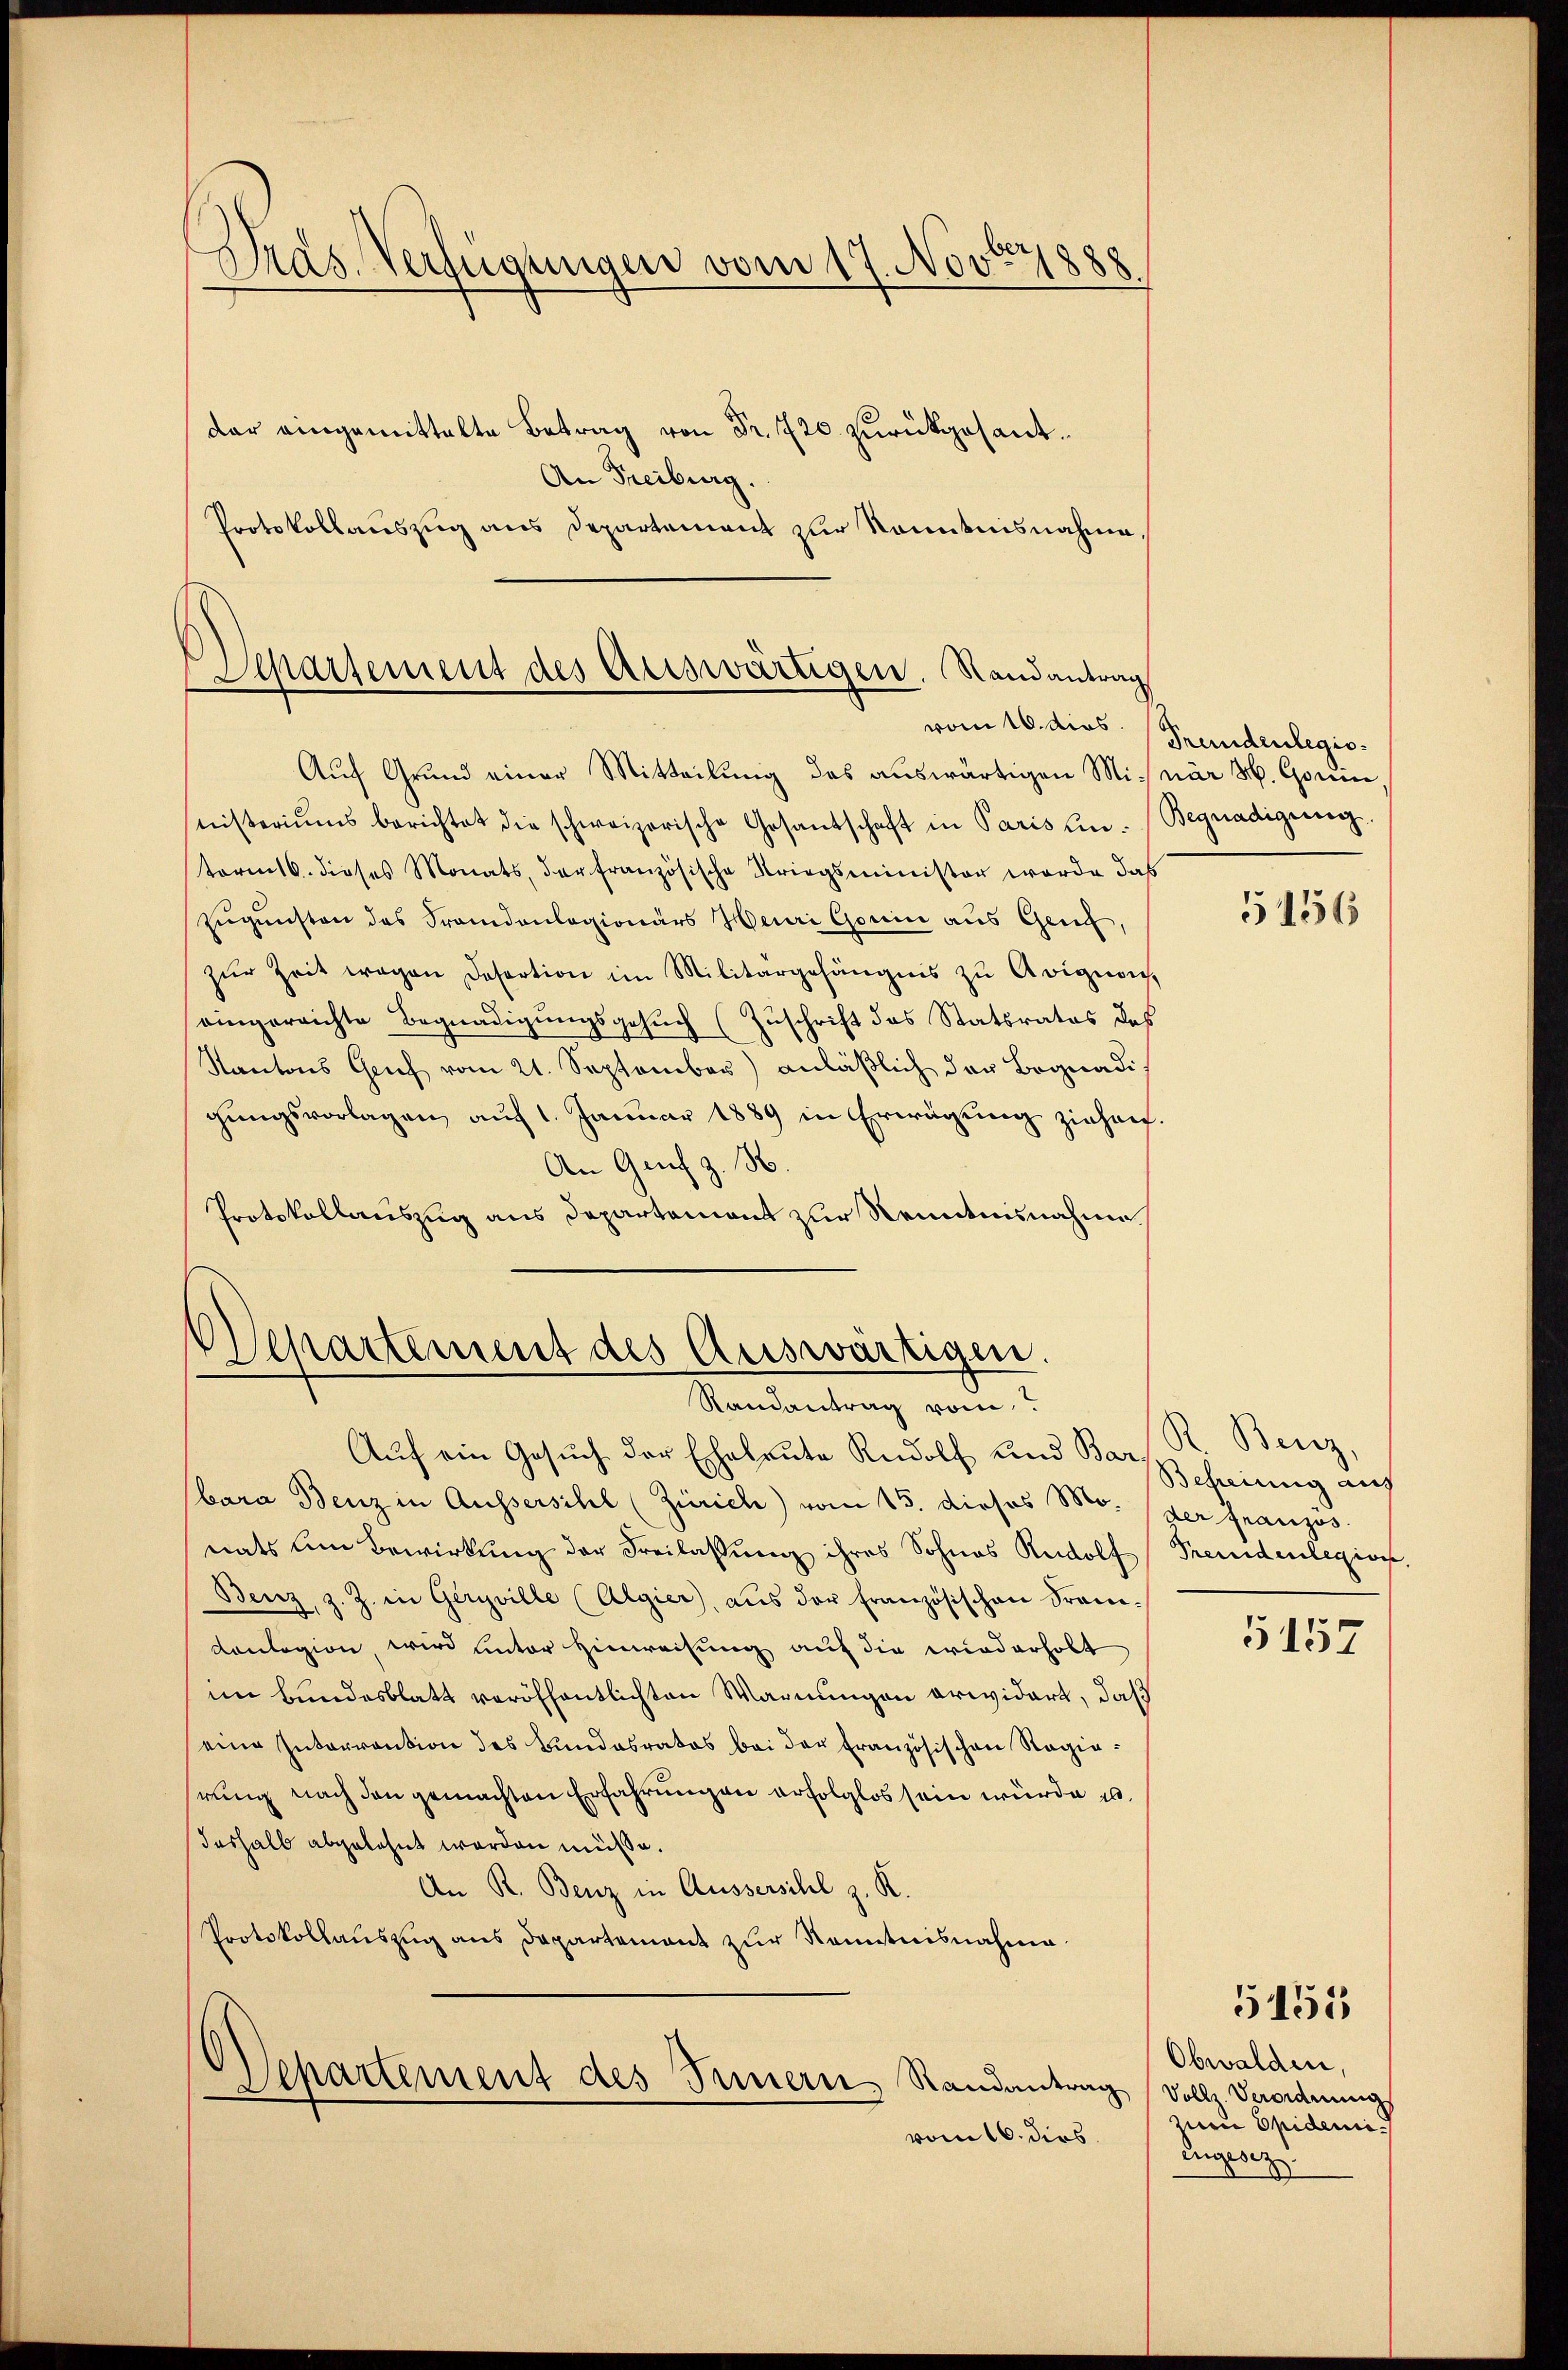
Dras-Verfügungen vom 17. Nov. 1888

dar eingemittelte Betrag von Fr. 720. zurückgesant¬
An Freiburg.
Protokollauszug aus Departement zur Kenntnisnahme,

Separtement des Auswärtigen. Randantrag
vom 16. dies.

Aŭf Grund einer Mitteilung des auswärtigen Minär H. Gonin
nisteriums berichtet die schweizerische Gesandschaft in Paris hin- Begnadigung.
term 16. dieses Monats, der französische Kriegsminister werde das
Zugunsten des Frandanlagionärs Henri Gonin aus Genf,
zŭr Zeit wegen Desertion im Militärgehängnis zŭ Avigions
eingerrichte Begnadigungsgesuch (Zuschrift das Statsrates des
Kantons Gruf vom 21. September) anläßlich der Begnadigungsvorlagen, auf 1. Januar 1889 in Erwägung ziehen.
An Genf z. B.
Protokollauszug aus Departemont zur Kenntnisnahme

Departement des Auswärtigen.
Randantrag vom

Separtement des Innern, Randantrag

vom 16. dies

Auf ein Gesuch der Eheleute Rudolf und Barscherung auf
bara Benz in Aussersihl (Zürich) vom 15. dieses Mo. der französ.
nats um Bewirkung der Freilassung ihres Sohnes Rudolf Fremdenlegion.
Benz, z. Z. in Geryville (Algier, aŭs der Französischen Fran-
Conlegion, wird unter Hinweisung auf die wiederholt
im Bundesblatt veröffentlichten Warnungen erwidert, daß
eine Interrention des Bundesrates bei der Französischen Regierung nach den gemachten Erfahrungen erfolglos sein würde u.
deshalb abgelehnt werden müsse.
An R. Benz in Aussersihl z. R.
Protokollauszug aus Departement zur Kenntnisnahme

Fremdenlegio

5156

R. Benz,

5157

Obwalden,
Vollz. Verordnung
zur Epidemi
Engesez

5151